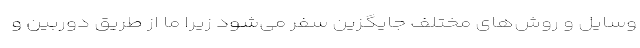
وسایل و روش‌های مختلف جایگزین سفر می‌شود زیرا ما از طریق دوربین و